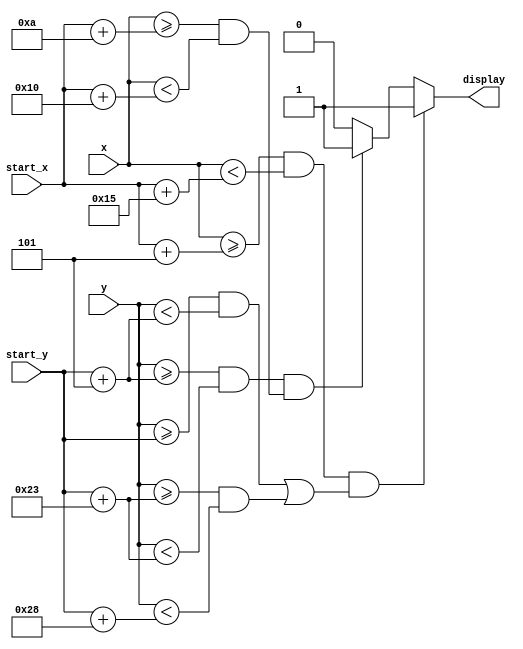
`timescale 1ns / 1ps
//////////////////////////////////////////////////////////////////////////////////
// Company: 
// Engineer: 
// 
// Design Name: 
// Module Name: char_i
// Project Name: 
// Target Devices: 
// Tool Versions: 
// Description: 
// 
// Dependencies: 
// 
// Revision:
// Revision 0.01 - File Created
// Additional Comments:
// 
//////////////////////////////////////////////////////////////////////////////////


module char_i(
    input [31:0] start_x,
    input [31:0] start_y,
    input [9:0] x,
    input [9:0] y,
    output reg display
    );
    
    initial 
        display = 0;
    always @(x or y)
    begin
        //up and down
        if ((x >= start_x + 5) && (x < start_x + 21) && (((y >= start_y) && (y < start_y + 5)) || ((y >= start_y + 35) && (y < start_y + 40))))
            display = 1;
        //left and right
        else if ((y >= start_y + 5) && (y < start_y + 35) && (((x >= start_x+10) && (x < start_x + 16))))
            display = 1;
        else display = 0;
    end
endmodule